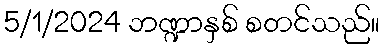
5/1/2024 ဘဏ္ဍာနှစ် စတင်သည်။